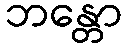
ဘန္တော